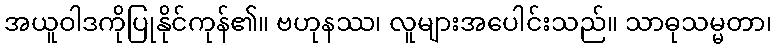
အယူဝါဒကိုပြုနိုင်ကုန်၏။ ဗဟုနဿ၊ လူများအပေါင်းသည်။ သာဓုသမ္မတာ၊